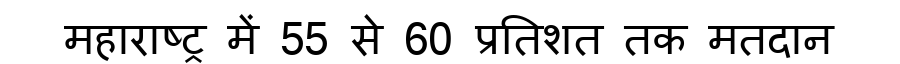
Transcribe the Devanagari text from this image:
महाराष्ट्र में 55 से 60 प्रतिशत तक मतदान